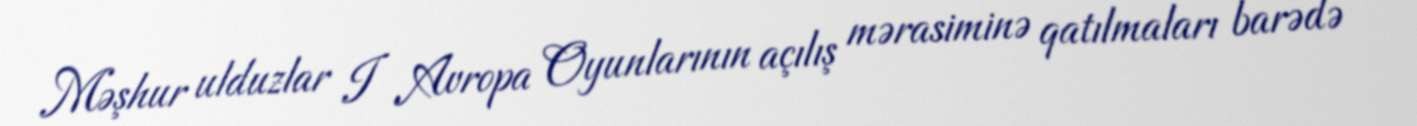
Məşhur ulduzlar I Avropa Oyunlarının açılış mərasiminə qatılmaları barədə